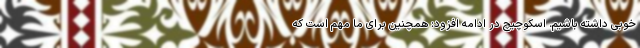
خوبی داشته باشیم. اسکوچیچ در ادامه افزود: همچنین برای ما مهم است که